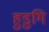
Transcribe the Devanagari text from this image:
हुडुगि